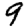
Digit: 9